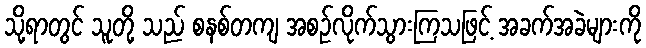
သို့ရာတွင် သူတို့ သည် စနစ်တကျ အစဉ်လိုက်သွားကြသဖြင့် အခက်အခဲများကို